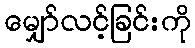
မျှော်လင့်ခြင်းကို